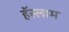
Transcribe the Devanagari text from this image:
हॅस्लाम